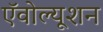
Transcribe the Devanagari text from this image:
ऍवोल्यूशन